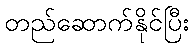
တည်ဆောက်နိုင်ပြီး